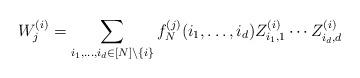
LaTeX: \begin{align*}W_j^{(i)} = \sum_{i_1,\dots,i_d \in [N]\setminus \{i\}}f_N^{(j)}(i_1,\dots,i_d)Z_{i_1,1}^{(i)}\cdots Z_{i_d,d}^{(i)}\end{align*}